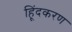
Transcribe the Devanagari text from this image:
हिूंदकरण